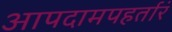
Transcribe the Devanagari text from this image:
आपदामपहर्तारं